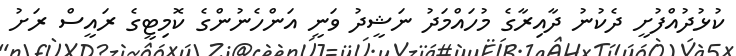
ކުޅުދުއްފުށީ ދެކުނު ދާއިރާގެ މުހައްމަދު ނަޝީދު ވަނީ އަންހެނުންގެ ކޮމިޓީގެ ރައީސް ރަށު